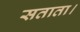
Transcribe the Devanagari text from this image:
सताता।